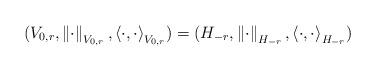
LaTeX: \begin{align*} ( V_{0,r}, \left\| \cdot \right\|_{ V_{0,r} }, \left< \cdot, \cdot \right>_{ V_{0,r} } ) = ( H_{-r}, \left\| \cdot \right\|_{ H_{-r} }, \left< \cdot, \cdot \right>_{ H_{-r} } )\end{align*}